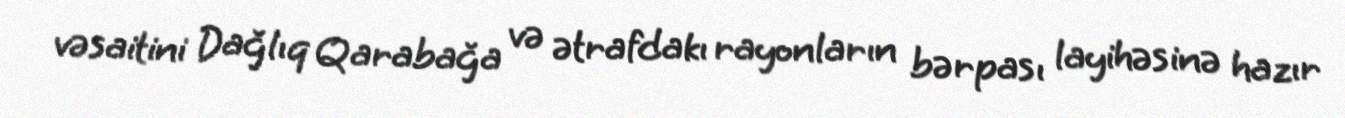
vəsaitini Dağlıq Qarabağa və ətrafdakı rayonların bərpası layihəsinə hazır